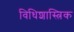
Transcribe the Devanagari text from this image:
विधिशास्त्रिक